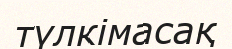
түлкімасақ